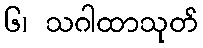
၆၊ သဂါထာသုတ်